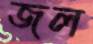
জল